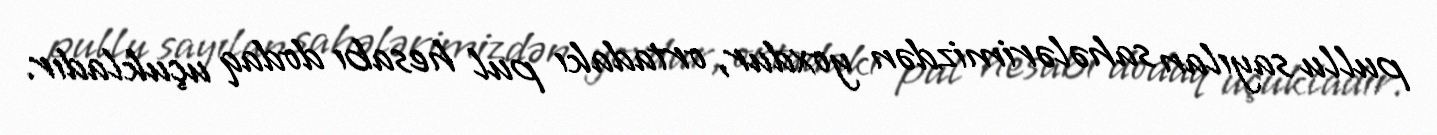
pullu sayılan sahələrimizdən yoxdur, ortadakı pul hesabı dodaq uçukladır.